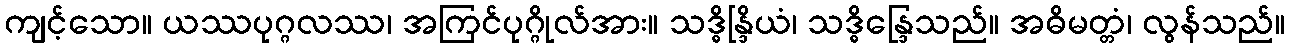
ကျင့်သော။ ယဿပုဂ္ဂလဿ၊ အကြင်ပုဂ္ဂိုလ်အား။ သဒ္ဓိန္ဒြိယံ၊ သဒ္ဓိန္ဒြေသည်။ အဓိမတ္တံ၊ လွန်သည်။